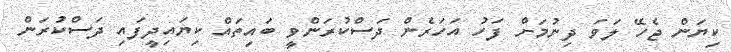
ކިޔަން ޖެހޭ ލަވަ ދިނުމަށް ފަހު އަހަރެން ދަސްކުރަންވީ ބައިތައް ކިޔައިދީފައި ދަސްކުރަން